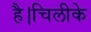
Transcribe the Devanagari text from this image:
है।चिलीके